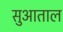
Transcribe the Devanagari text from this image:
सुआताल